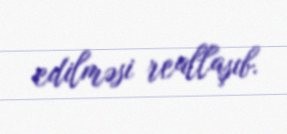
edilməsi reallaşıb.